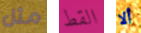
مثل القط ألا